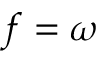
f = \omega